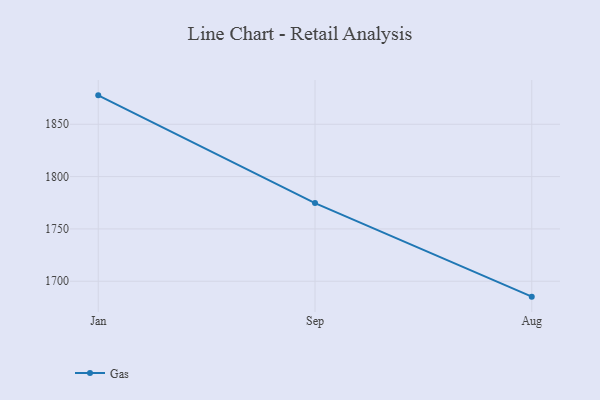
{"axis": {"x": "Month", "y": "Net Income (USD K)"}, "legend": ["Gas"], "data": [{"x": "Jan", "y": 1877.6, "type": "Gas"}, {"x": "Sep", "y": 1774.7, "type": "Gas"}, {"x": "Aug", "y": 1685.3, "type": "Gas"}]}